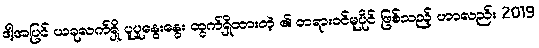
ဒါ့အပြင် ယခုလက်ရှိ ပူပူနွေးနွေး ထွက်ရှိထားတဲ့ ၏ တရားဝင်မူပိုင် ဖြစ်သည့် ဟာလည်း 2019